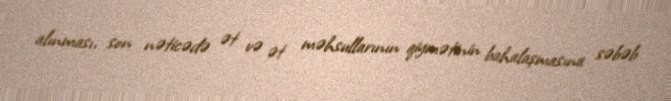
alınması, son nəticədə ət və ət məhsullarının qiymətinin bahalaşmasına səbəb